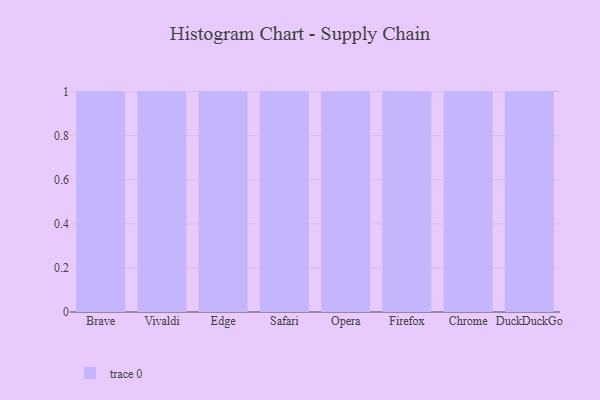
{"axis": {"x": "Browser", "y": "Gross Profit (USD K)"}, "legend": [""], "data": [{"x": "Brave", "y": 45, "type": ""}, {"x": "Vivaldi", "y": 32, "type": ""}, {"x": "Edge", "y": 74, "type": ""}, {"x": "Safari", "y": 39, "type": ""}, {"x": "Opera", "y": 69, "type": ""}, {"x": "Firefox", "y": 11, "type": ""}, {"x": "Chrome", "y": 98, "type": ""}, {"x": "DuckDuckGo", "y": 91, "type": ""}]}